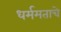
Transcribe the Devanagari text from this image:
धर्ममताचे